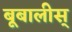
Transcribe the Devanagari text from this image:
बूबालीस्